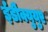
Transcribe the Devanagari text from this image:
ईडी॑क्युयुए